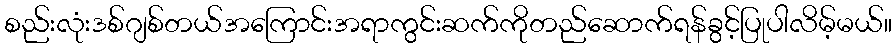
စည်းလုံးဒစ်ဂျစ်တယ်အကြောင်းအရာကွင်းဆက်ကိုတည်ဆောက်ရန်ခွင့်ပြုပါလိမ့်မယ်။